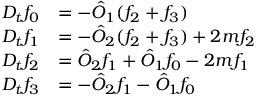
\begin{array} { r l } { D _ { t } f _ { 0 } } & { = - \hat { O } _ { 1 } ( f _ { 2 } + f _ { 3 } ) } \\ { D _ { t } f _ { 1 } } & { = - \hat { O } _ { 2 } ( f _ { 2 } + f _ { 3 } ) + 2 m f _ { 2 } } \\ { D _ { t } f _ { 2 } } & { = \hat { O } _ { 2 } f _ { 1 } + \hat { O } _ { 1 } f _ { 0 } - 2 m f _ { 1 } } \\ { D _ { t } f _ { 3 } } & { = - \hat { O } _ { 2 } f _ { 1 } - \hat { O } _ { 1 } f _ { 0 } } \end{array}